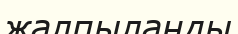
жалпыланды